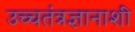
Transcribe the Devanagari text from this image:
उच्चतंत्रज्ञानाशी